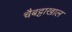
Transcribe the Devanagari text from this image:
चैबट्टाखाल